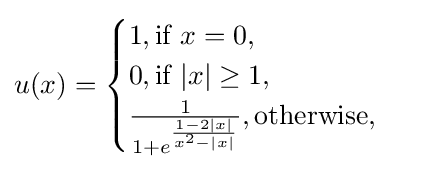
u(x)={\begin{cases}1,{\text{if }}x=0,\\0,{\text{if }}|x|\geq 1,\\{\frac {1}{1+e^{\frac {1-2|x|}{x^{2}-|x|}}}},{\text{otherwise}},\end{cases}}